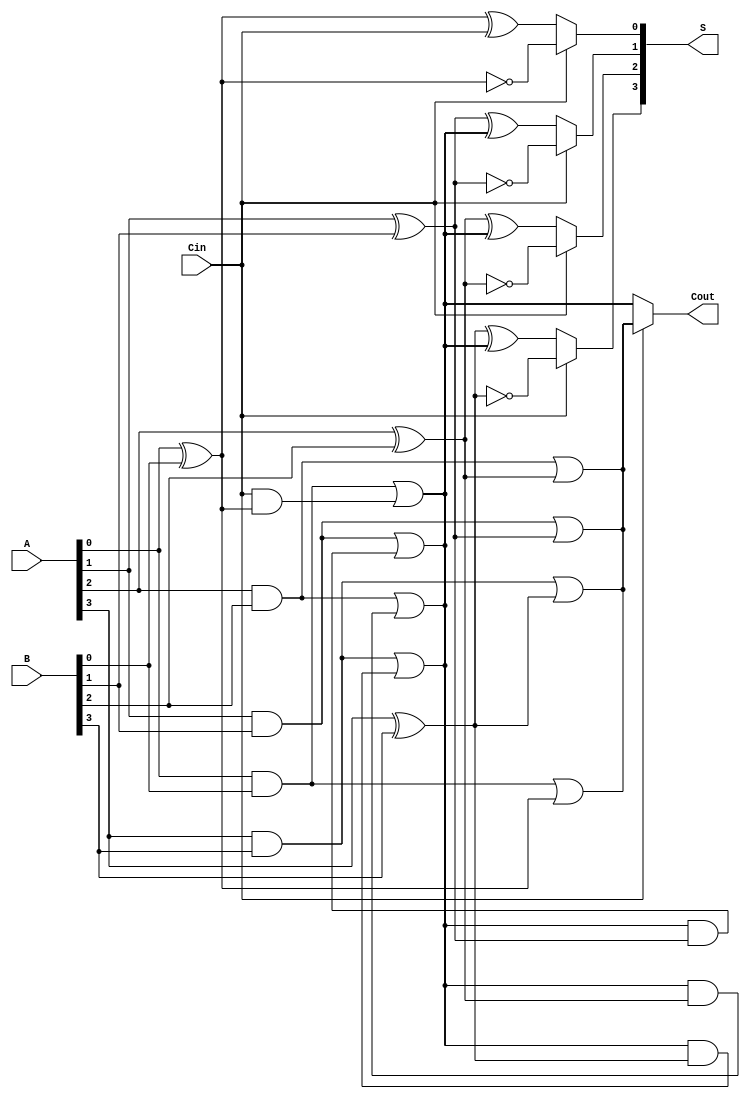
module CCSA_4bit (
    input [3:0] A,      // 4-bit input A
    input [3:0] B,      // 4-bit input B
    input Cin,          // Input carry
    output [3:0] S,     // 4-bit sum output
    output Cout         // Output carry
);

    wire [3:0] S0, S1;  // Sums for carry = 0 and carry = 1
    wire C0, C1;        // Carry out for carry = 0 and carry = 1

    // First segment (LSB)
    assign S0[0] = A[0] ^ B[0] ^ Cin;        // Sum when carry = 0
    assign C0 = (A[0] & B[0]) | (Cin & (A[0] ^ B[0])); // Carry out when carry = 0

    assign S1[0] = A[0] ^ B[0] ^ 1'b1;       // Sum when carry = 1
    assign C1 = (A[0] & B[0]) | (1'b1 & (A[0] ^ B[0])); // Carry out when carry = 1

    // Second segment
    assign S0[1] = A[1] ^ B[1] ^ C0;        // Sum when carry = 0
    assign C0 = (A[1] & B[1]) | (C0 & (A[1] ^ B[1])); // Carry out when carry = 0

    assign S1[1] = A[1] ^ B[1] ^ 1'b1;       // Sum when carry = 1
    assign C1 = (A[1] & B[1]) | (1'b1 & (A[1] ^ B[1])); // Carry out when carry = 1

    // MUX for selecting the correct sum and carry
    assign S[0] = Cin ? S1[0] : S0[0];
    assign S[1] = Cin ? S1[1] : S0[1];

    // Third segment
    assign S0[2] = A[2] ^ B[2] ^ C0;        // Sum when carry = 0
    assign C0 = (A[2] & B[2]) | (C0 & (A[2] ^ B[2])); // Carry out when carry = 0

    assign S1[2] = A[2] ^ B[2] ^ 1'b1;       // Sum when carry = 1
    assign C1 = (A[2] & B[2]) | (1'b1 & (A[2] ^ B[2])); // Carry out when carry = 1

    // MUX for selecting the correct sum
    assign S[2] = Cin ? S1[2] : S0[2];

    // Fourth segment
    assign S0[3] = A[3] ^ B[3] ^ C0;        // Sum when carry = 0
    assign C0 = (A[3] & B[3]) | (C0 & (A[3] ^ B[3])); // Carry out when carry = 0

    assign S1[3] = A[3] ^ B[3] ^ 1'b1;       // Sum when carry = 1
    assign C1 = (A[3] & B[3]) | (1'b1 & (A[3] ^ B[3])); // Carry out when carry = 1

    // MUX for selecting the correct sum
    assign S[3] = Cin ? S1[3] : S0[3];

    // Final carry out
    assign Cout = Cin ? C1 : C0;

endmodule